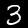
Label: 3